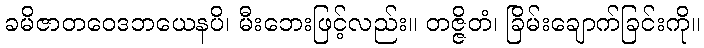
ခမိဇာတဝေဒဘယေနပိ၊ မီးဘေးဖြင့်လည်း။ တဇ္ဇိတံ၊ ခြိမ်းချောက်ခြင်းကို။